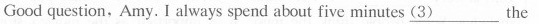
Good question,Amy. I always spend about five minutes \underline{(3)} the